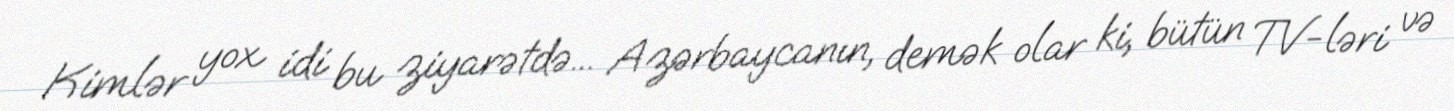
Kimlər yox idi bu ziyarətdə... Azərbaycanın, demək olar ki, bütün TV-ləri və